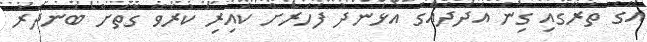
އޭގެ ތެރޭގައި ގިނަ އަދަދެއްގެ އުޅަނދު ފަހަރަށް ކައިރި ކުރެވޭ ގޮތަށް ބަނދަރު